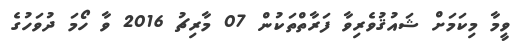
ވީމާ މިކަމަށް ޝައުޤުވެރިވާ ފަރާތްތަކުން 07 މާރިޗު 2016 ވާ ހޯމަ ދުވަހުގެ